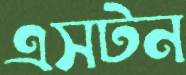
এসটন